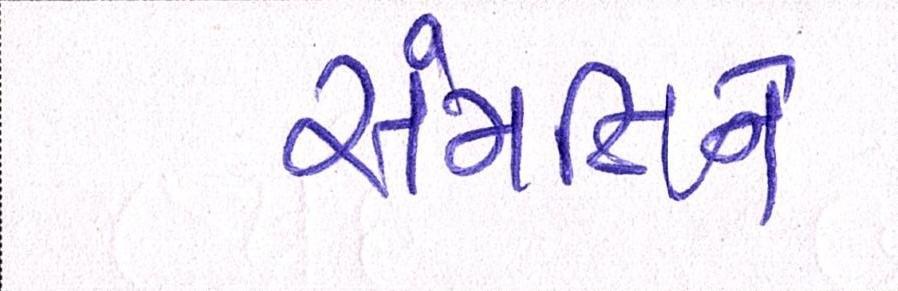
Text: સંમતિને